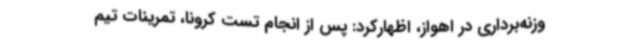
وزنه‌برداری در اهواز، اظهارکرد: پس از انجام تست کرونا، تمرینات تیم